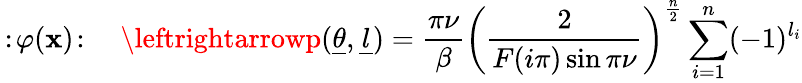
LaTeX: \, :\! \varphi(\mathbf{x})\! :\quad\leftrightarrowp(\underline{{{{\theta}}}},\underline{{{{l}}}})=\frac{{\pi\nu}}{{\beta}}\left(\frac{{2}}{{F(i\pi)\sin\pi\nu}}\right)^{\frac{{n}}{{2}}}\sum_{i=1}^{n}(-1)^{l_{i}}